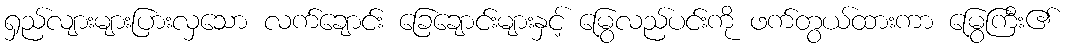
ရှည်လျားများပြားလှသော လက်ချောင်း ခြေချောင်းများနှင့် မြွေလည်ပင်းကို ဖက်တွယ်ထားကာ မြွေကြီး၏